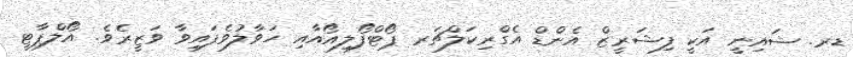
ޑރ. ޝައިނީ އަކީ ފިޝަރީޒް އެންޑް އެގްރިކަލްޗަރ ޕޯޓްފޯލިއޯއާއި ހަވާލުވެފައިވާ ވަޒީރެވެ. އޯލްޕާޓީ